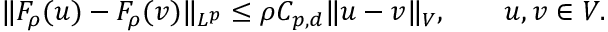
\Vert F _ { \rho } ( u ) - F _ { \rho } ( v ) \Vert _ { L ^ { p } } \leq \rho C _ { p , d } \Vert u - v \Vert _ { V } , \qquad u , v \in V .